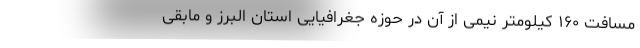
مسافت ۱۶۰ کیلومتر نیمی از آن در حوزه جغرافیایی استان البرز و مابقی